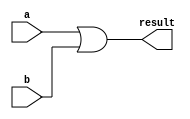
module or_module(a,b,result); // OR module
    input [7:0] a,b;
    output [7:0] result;
    
    assign result = a | b; // bitwise OR
endmodule